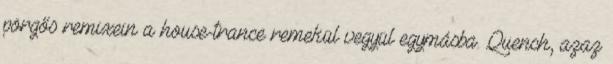
pörgős remixein a house-trance remekül vegyül egymásba. Quench, azaz